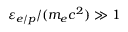
\varepsilon _ { e / p } / ( m _ { e } c ^ { 2 } ) \gg 1